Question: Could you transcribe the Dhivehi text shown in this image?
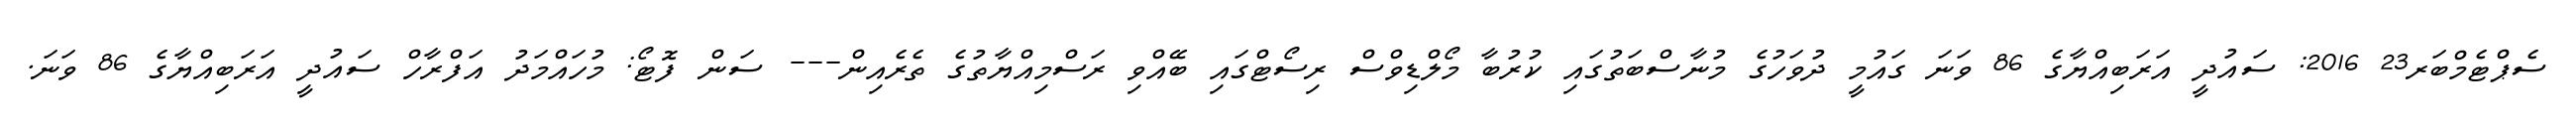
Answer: ސެޕްޓެމްބަރ23 2016: ސައުދީ އަރަބިއްޔާގެ 86 ވަނަ ގައުމީ ދުވަހުގެ މުނާސްބަތުގައި ކުރުބާ މޯލްޑިވްސް ރިސޯޓްގައި ބޭއްވި ރަސްމިއްޔާތުގެ ތެރެއިން--- ސަން ފޮޓޯ: މުހައްމަދު އަފްރާހް ސައުދީ އަރަބިއްޔާގެ 86 ވަނަ.